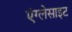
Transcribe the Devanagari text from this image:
एंग्लेसाइट